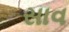
સાવ